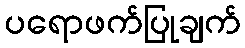
ပရောဖက်ပြုချက်